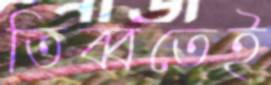
তিব্বতেই